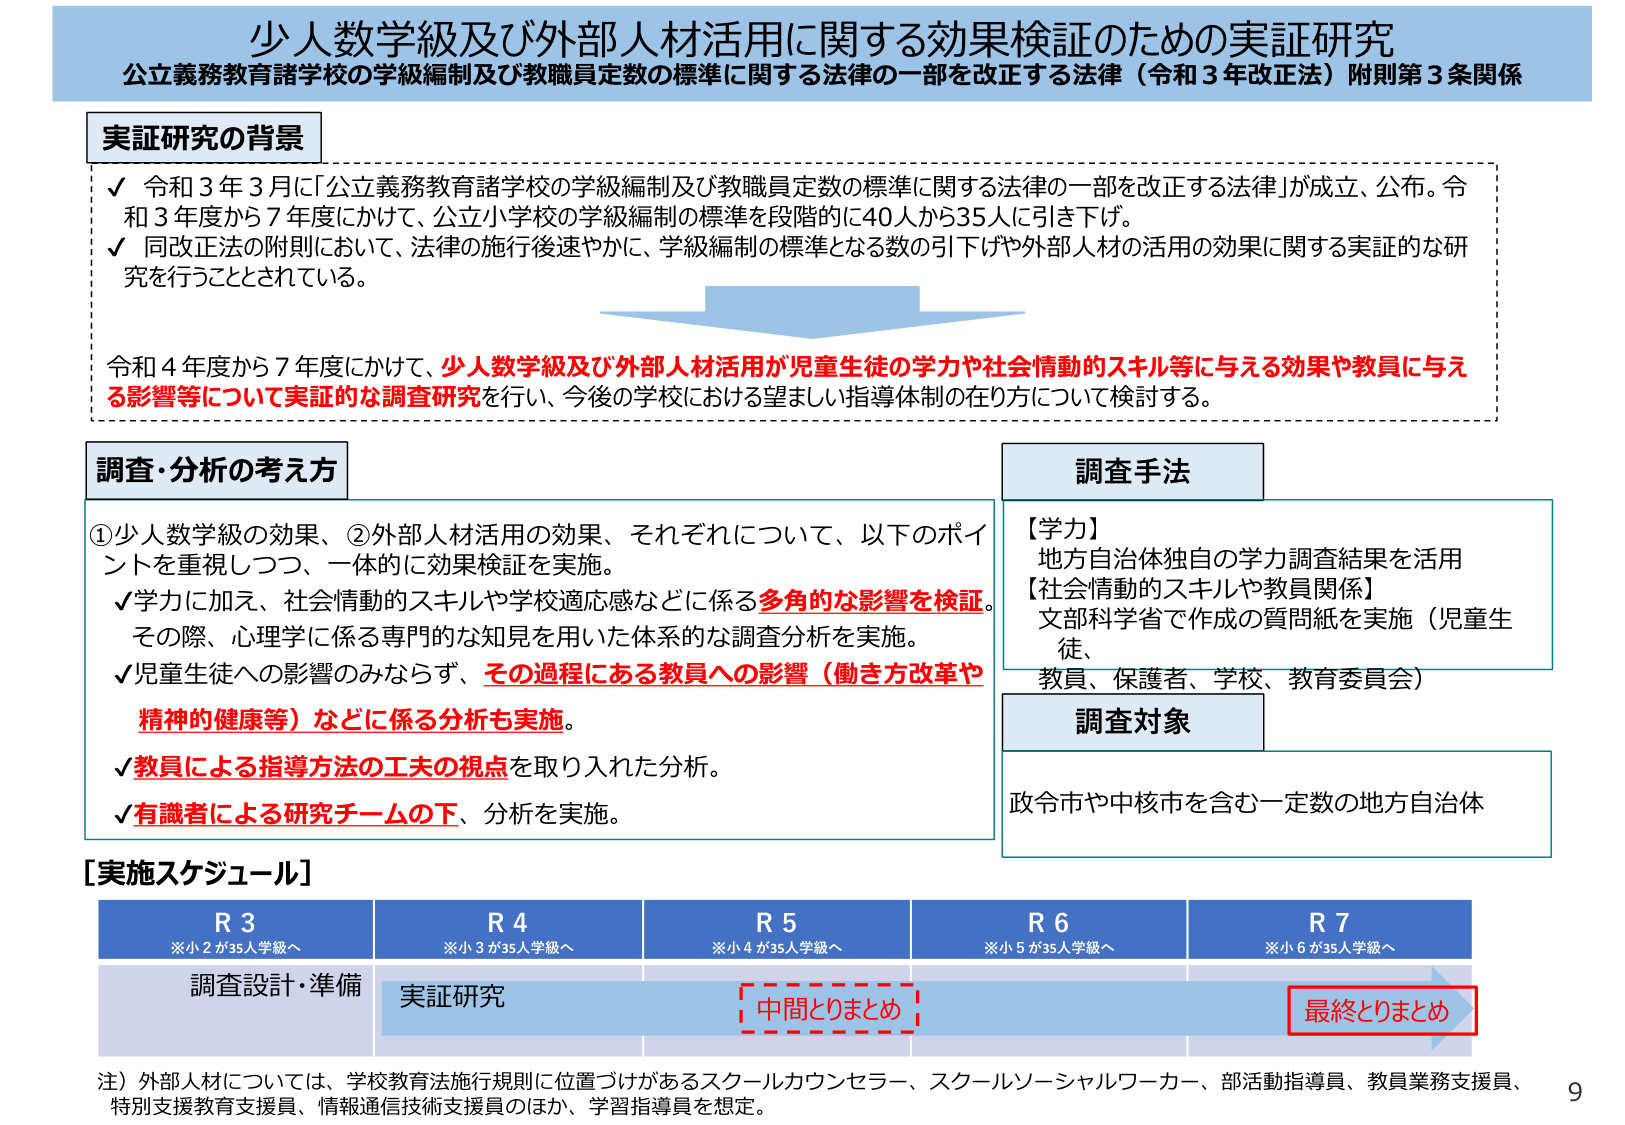
少人数学級及び外部人材活用に関する効果検証のための実証研究
公立義務教育諸学校の学級編制及び教職員定数の標準に関する法律の一部を改正する法律（令和３年改正法）附則第３条関係

実証研究の背景
✓ 令和３年３月に「公立義務教育諸学校の学級編制及び教職員定数の標準に関する法律の一部を改正する法律」が成立、公布。令和３年度から７年度にかけて、公立小学校の学級編制の標準を段階的に40人から35人に引き下げ。
✓ 同改正法の附則において、法律の施行後速やかに、学級編制の標準となる数の引下げや外部人材の活用の効果に関する実証的な研究を行うこととされている。

令和４年度から７年度にかけて、少人数学級及び外部人材活用が児童生徒の学力や社会情動的スキル等に与える効果や教員に与える影響等について実証的な調査研究を行い、今後の学校における望ましい指導体制の在り方について検討する。

調査・分析の考え方
①少人数学級の効果、②外部人材活用の効果、それぞれについて、以下のポイントを重視しつつ、一体的に効果検証を実施。
✓ 学力に加え、社会情動的スキルや学校適応感などに係る多角的な影響を検証。その際、心理学に係る専門的な知見を用いた体系的な調査分析を実施。
✓ 児童生徒への影響のみならず、その過程にある教員への影響（働き方改革や精神的健康等）などに係る分析も実施。
✓ 教員による指導方法の工夫の視点を取り入れた分析。
✓ 有識者による研究チームの下、分析を実施。

調査手法
【学力】
地方自治体独自の学力調査結果を活用
【社会情動的スキルや教員関係】
文部科学省で作成の質問紙を実施（児童生徒、教員、保護者、学校、教育委員会）

調査対象
政令市や中核市を含む一定数の地方自治体

[実施スケジュール]
R3 ※小2が35人学級へ
R4 ※小3が35人学級へ
R5 ※小4が35人学級へ
R6 ※小5が35人学級へ
R7 ※小6が35人学級へ

調査設計・準備
実証研究
中間とりまとめ
最終とりまとめ

注）外部人材については、学校教育法施行規則に位置づけがあるスクールカウンセラー、スクールソーシャルワーカー、部活動指導員、教員業務支援員、特別支援教育支援員、情報通信技術支援員のほか、学習指導員を想定。

9